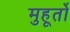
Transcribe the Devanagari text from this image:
मुहूर्तो